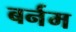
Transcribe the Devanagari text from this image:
बर्नम